Annual report of lunatic asylums [Bombay] - 1912-1922
Year: 1912
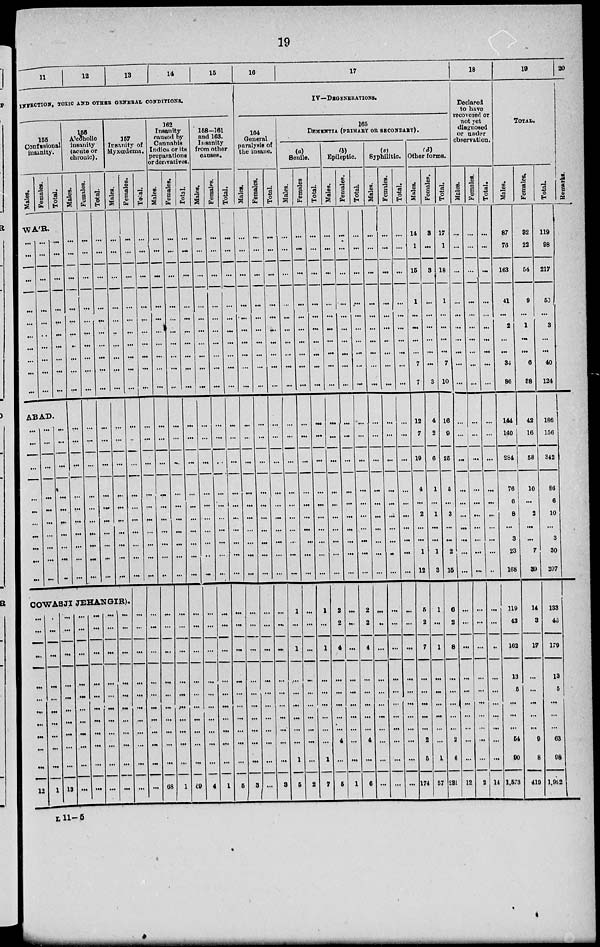
19
11
12
13
14
15
INFECTION, TOXIC AND OTHER GENERAL CONDITIONS.
155
Confusional
insanity.
Males.
Females.
Total.
WA'R.
...
...
...
...
...
...
...
...
...
...
...
...
...
...
...
...
...
...
...
...
...
...
...
...
...
...
...
...
...
...
ABAD.
...
...
...
...
...
...
...
...
...
...
...
...
...
...
...
...
...
...
...
...
...
...
...
...
...
...
...
...
...
...
156
Alcoholic
insanity
(acute or
chronic).
Males.
...
...
...
...
...
...
...
...
...
...
...
...
...
...
...
...
...
...
...
...
Females.
...
...
...
...
...
...
...
...
...
...
...
...
...
...
...
...
...
...
...
...
Total.
...
...
...
...
...
...
...
...
...
...
...
...
...
...
...
...
...
...
...
...
157
Insanity of
Myxœdema.
Males.
...
...
...
...
...
...
...
...
...
...
...
...
...
...
...
...
...
...
...
...
COWASJI JEHANGIR).
...
...
...
...
...
...
...
...
...
...
12
...
...
...
...
...
...
...
...
...
...
1
...
...
...
...
...
...
...
...
...
...
13
...
...
...
...
...
...
...
...
...
...
...
...
...
...
...
...
...
...
...
...
...
...
...
...
...
...
...
...
...
...
...
...
...
...
...
...
...
...
...
...
...
...
...
...
Females.
...
...
...
...
...
...
...
...
...
...
...
...
...
...
...
...
...
...
...
...
...
...
...
...
...
...
...
...
...
...
...
Total.
...
...
...
...
...
...
...
...
...
...
...
...
...
...
...
...
...
...
...
...
...
...
...
...
...
...
...
...
...
...
...
162
Insanity
caused by
Cannabis
Indica or its
preparations
or derivatives.
Males.
...
...
...
...
...
...
...
...
...
...
...
...
...
...
...
...
...
...
...
...
...
...
...
...
...
...
...
...
...
...
68
Females.
...
...
...
...
...
...
...
...
...
...
...
...
...
...
...
...
...
...
...
...
...
...
...
...
...
...
...
...
...
...
1
Total.
...
...
...
...
...
...
...
...
...
...
...
...
...
...
...
...
...
...
...
...
...
...
...
...
...
...
...
...
...
...
69
158-161
and 163.
Insanity
from other
causes.
Males.
...
...
...
...
...
...
...
...
...
...
...
...
...
...
...
...
...
...
...
...
...
...
...
...
...
...
...
...
...
...
4
Females.
...
...
...
...
...
...
...
...
...
...
...
...
...
...
...
...
...
...
...
...
...
...
...
...
...
...
...
...
...
...
1
Total.
...
...
...
...
...
...
...
...
...
...
...
...
...
...
...
...
...
...
...
...
...
...
...
...
...
...
...
...
...
...
5
16
17
IV—DEGENERATIONS.
164
General
paralysis of
the insane.
Males.
...
...
...
...
...
...
...
...
...
...
...
...
...
...
...
...
...
...
...
...
...
...
...
...
...
...
...
...
...
...
3
Females.
...
...
...
...
...
...
...
...
...
...
...
...
...
...
...
...
...
...
...
...
...
...
...
...
...
...
...
...
...
...
...
Total.
...
...
...
...
...
...
...
...
...
...
...
...
...
...
...
...
...
...
...
...
...
...
...
...
...
...
...
...
...
...
3
165
DEMENTIA (PRIMARY OR SECONDARY) .
(a)
Senile.
Males.
...
...
...
...
...
...
...
...
...
...
...
...
...
...
...
...
...
...
...
...
1
...
1
...
...
...
...
...
...
1
5
Females.
...
...
...
...
...
...
...
...
...
...
...
...
...
...
...
...
...
...
...
...
...
...
...
...
...
...
...
...
...
...
2
Total.
...
...
...
...
...
...
...
...
...
...
...
...
...
...
...
...
...
...
...
...
1
...
1
...
...
...
...
...
...
1
7
(b)
Epileptic.
Males.
...
...
...
...
...
...
...
...
...
...
...
...
...
...
...
...
...
...
...
...
2
2
4
...
...
...
...
...
4
...
5
Females.
...
...
...
...
...
...
...
...
...
...
...
...
...
...
...
...
...
...
...
...
...
...
...
...
...
...
...
...
...
...
1
Total.
...
...
...
....
...
...
...
...
...
...
...
...
...
...
...
...
...
...
...
...
2
2
4
...
...
...
...
...
4
...
6
(c)
Syphilitic.
Males.
...
...
...
...
...
...
...
...
...
...
...
...
...
...
...
...
...
...
...
...
...
..
...
...
...
...
...
...
...
...
...
Females.
...
...
...
...
...
...
...
...
...
...
...
...
...
...
...
...
...
...
...
...
...
...
...
...
...
...
...
...
...
...
...
Total.
...
...
...
...
...
...
...
...
...
...
...
...
...
...
...
...
...
...
...
...
...
...
...
...
...
...
...
...
...
...
(d)
Other forms.
Males.
14
1
15
1
...
...
...
...
7
7
12
7
19
4
...
2
...
...
1
12
5
2
7
...
...
...
...
...
2
5
174
Females.
3
...
3
...
...
...
...
...
...
3
4
2
6
1
...
1
...
...
1
3
1
...
1
...
...
...
...
...
...
1
57
Total.
17
1
18
1
...
...
...
...
7
10
16
9
25
5
...
3
...
...
2
15
6
2
8
...
...
...
...
...
2
6
231
18
Declared
to have
recovered or
not yet
diagnosed
or under
observation.
Males.
...
...
...
...
...
...
...
...
...
...
...
...
...
...
...
...
...
...
...
...
...
...
...
...
...
...
...
...
...
...
12
Females.
...
...
...
...
...
...
...
...
...
...
...
...
...
...
...
...
...
...
...
...
...
...
...
...
...
...
...
...
...
...
2
Total.
...
...
...
...
...
...
...
...
...
...
...
...
...
...
...
...
...
...
...
...
...
...
..
...
...
...
...
...
...
...
14
19
TOTAL.
Males.
87
76
163
41
...
2
...
...
34
86
144
140
284
76
6
8
...
3
23
168
119
43
162
13
5
...
...
...
54
90
1,573
Females.
32
22
54
9
...
1
...
...
6
38
42
16
58
10
...
2
...
...
7
39
14
3
17
...
...
...
...
...
9
8
419
Total.
119
98
217
50
...
3
...
...
40
124
186
156
342
86
6
10
...
3
30
207
133
46
179
13
5
...
...
...
63
98
1,992
20
Remarks.
L 11-5